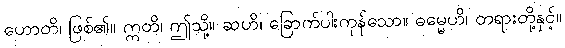
ဟောတိ၊ ဖြစ်၏။ ဣတိ၊ ဤသို့။ ဆဟိ၊ ခြောက်ပါးကုန်သော။ ဓမ္မေဟိ၊ တရားတို့နှင့်။